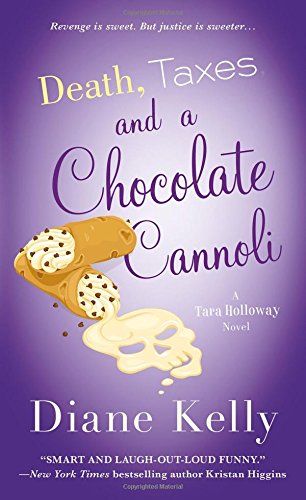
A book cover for Death, Taxes, and a Chocolate Cannoli (A Tara Holloway Novel); Diane Kelly; Mystery, Thriller & Suspense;